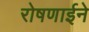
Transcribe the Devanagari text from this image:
रोषणाईने